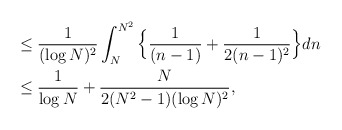
\begin{align*}& \leq \frac{1}{(\log N)^{2}} \displaystyle\int_{N}^{N^2}\Big\{\frac{1}{(n-1)}+\frac{1}{2(n-1)^2}\Big\}dn\\& \leq \frac{1}{\log N} + \frac{N}{2(N^2-1)(\log N)^{2}},\end{align*}